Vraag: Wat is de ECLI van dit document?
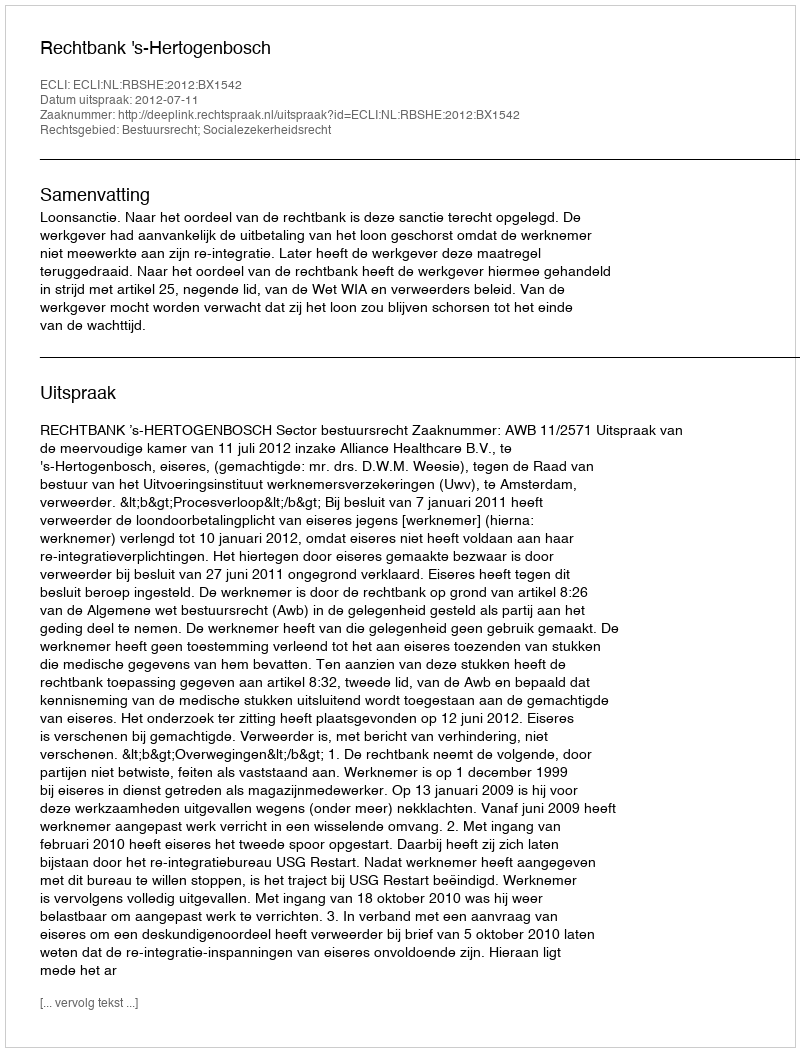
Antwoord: ECLI:NL:RBSHE:2012:BX1542